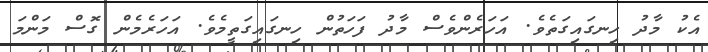
އެކު މާދު ހިނގައިގަތެވެ. އަހަރެންވެސް މާދު ފަހަތުން ހިނގައިގަތީމެވެ. އަހަރެމެން ގޮސް މަންމަ